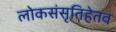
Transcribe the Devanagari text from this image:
लोकसंसृतिहेतव